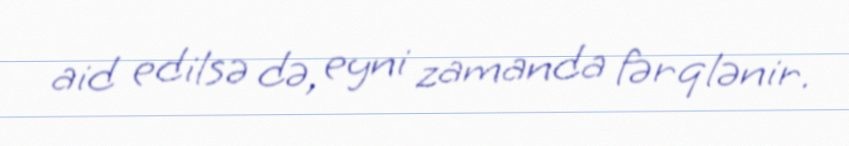
aid edilsə də, eyni zamanda fərqlənir.